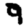
Digit: 9